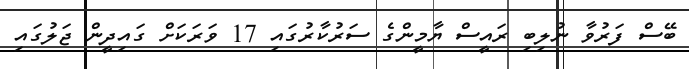
ބޭސް ފަރުވާ ނުލިބި ރައީސް ޔާމީންގެ ސަރުކާރުގައި 17 ވަރަކަށް ގައިދީން ޖަލުގައި